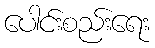
ပေါင်းစည်းရေး